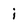
Character: i